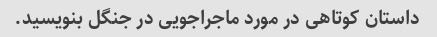
داستان کوتاهی در مورد ماجراجویی در جنگل بنویسید.